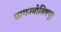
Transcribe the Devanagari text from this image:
प्रागज्योतिषपूर